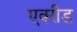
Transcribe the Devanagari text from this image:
एक्‍रीड